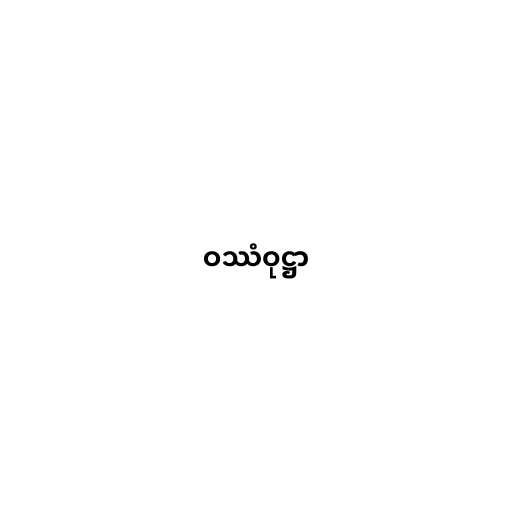
ဝဿံဝုဋ္ဌာ